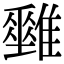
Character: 𩁅